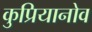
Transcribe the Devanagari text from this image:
कुप्रियानोव